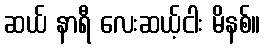
ဆယ် နာရီ လေးဆယ့်ငါး မိနစ်။